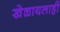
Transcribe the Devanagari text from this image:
खेळायलाही